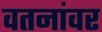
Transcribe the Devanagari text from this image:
वतनांवर